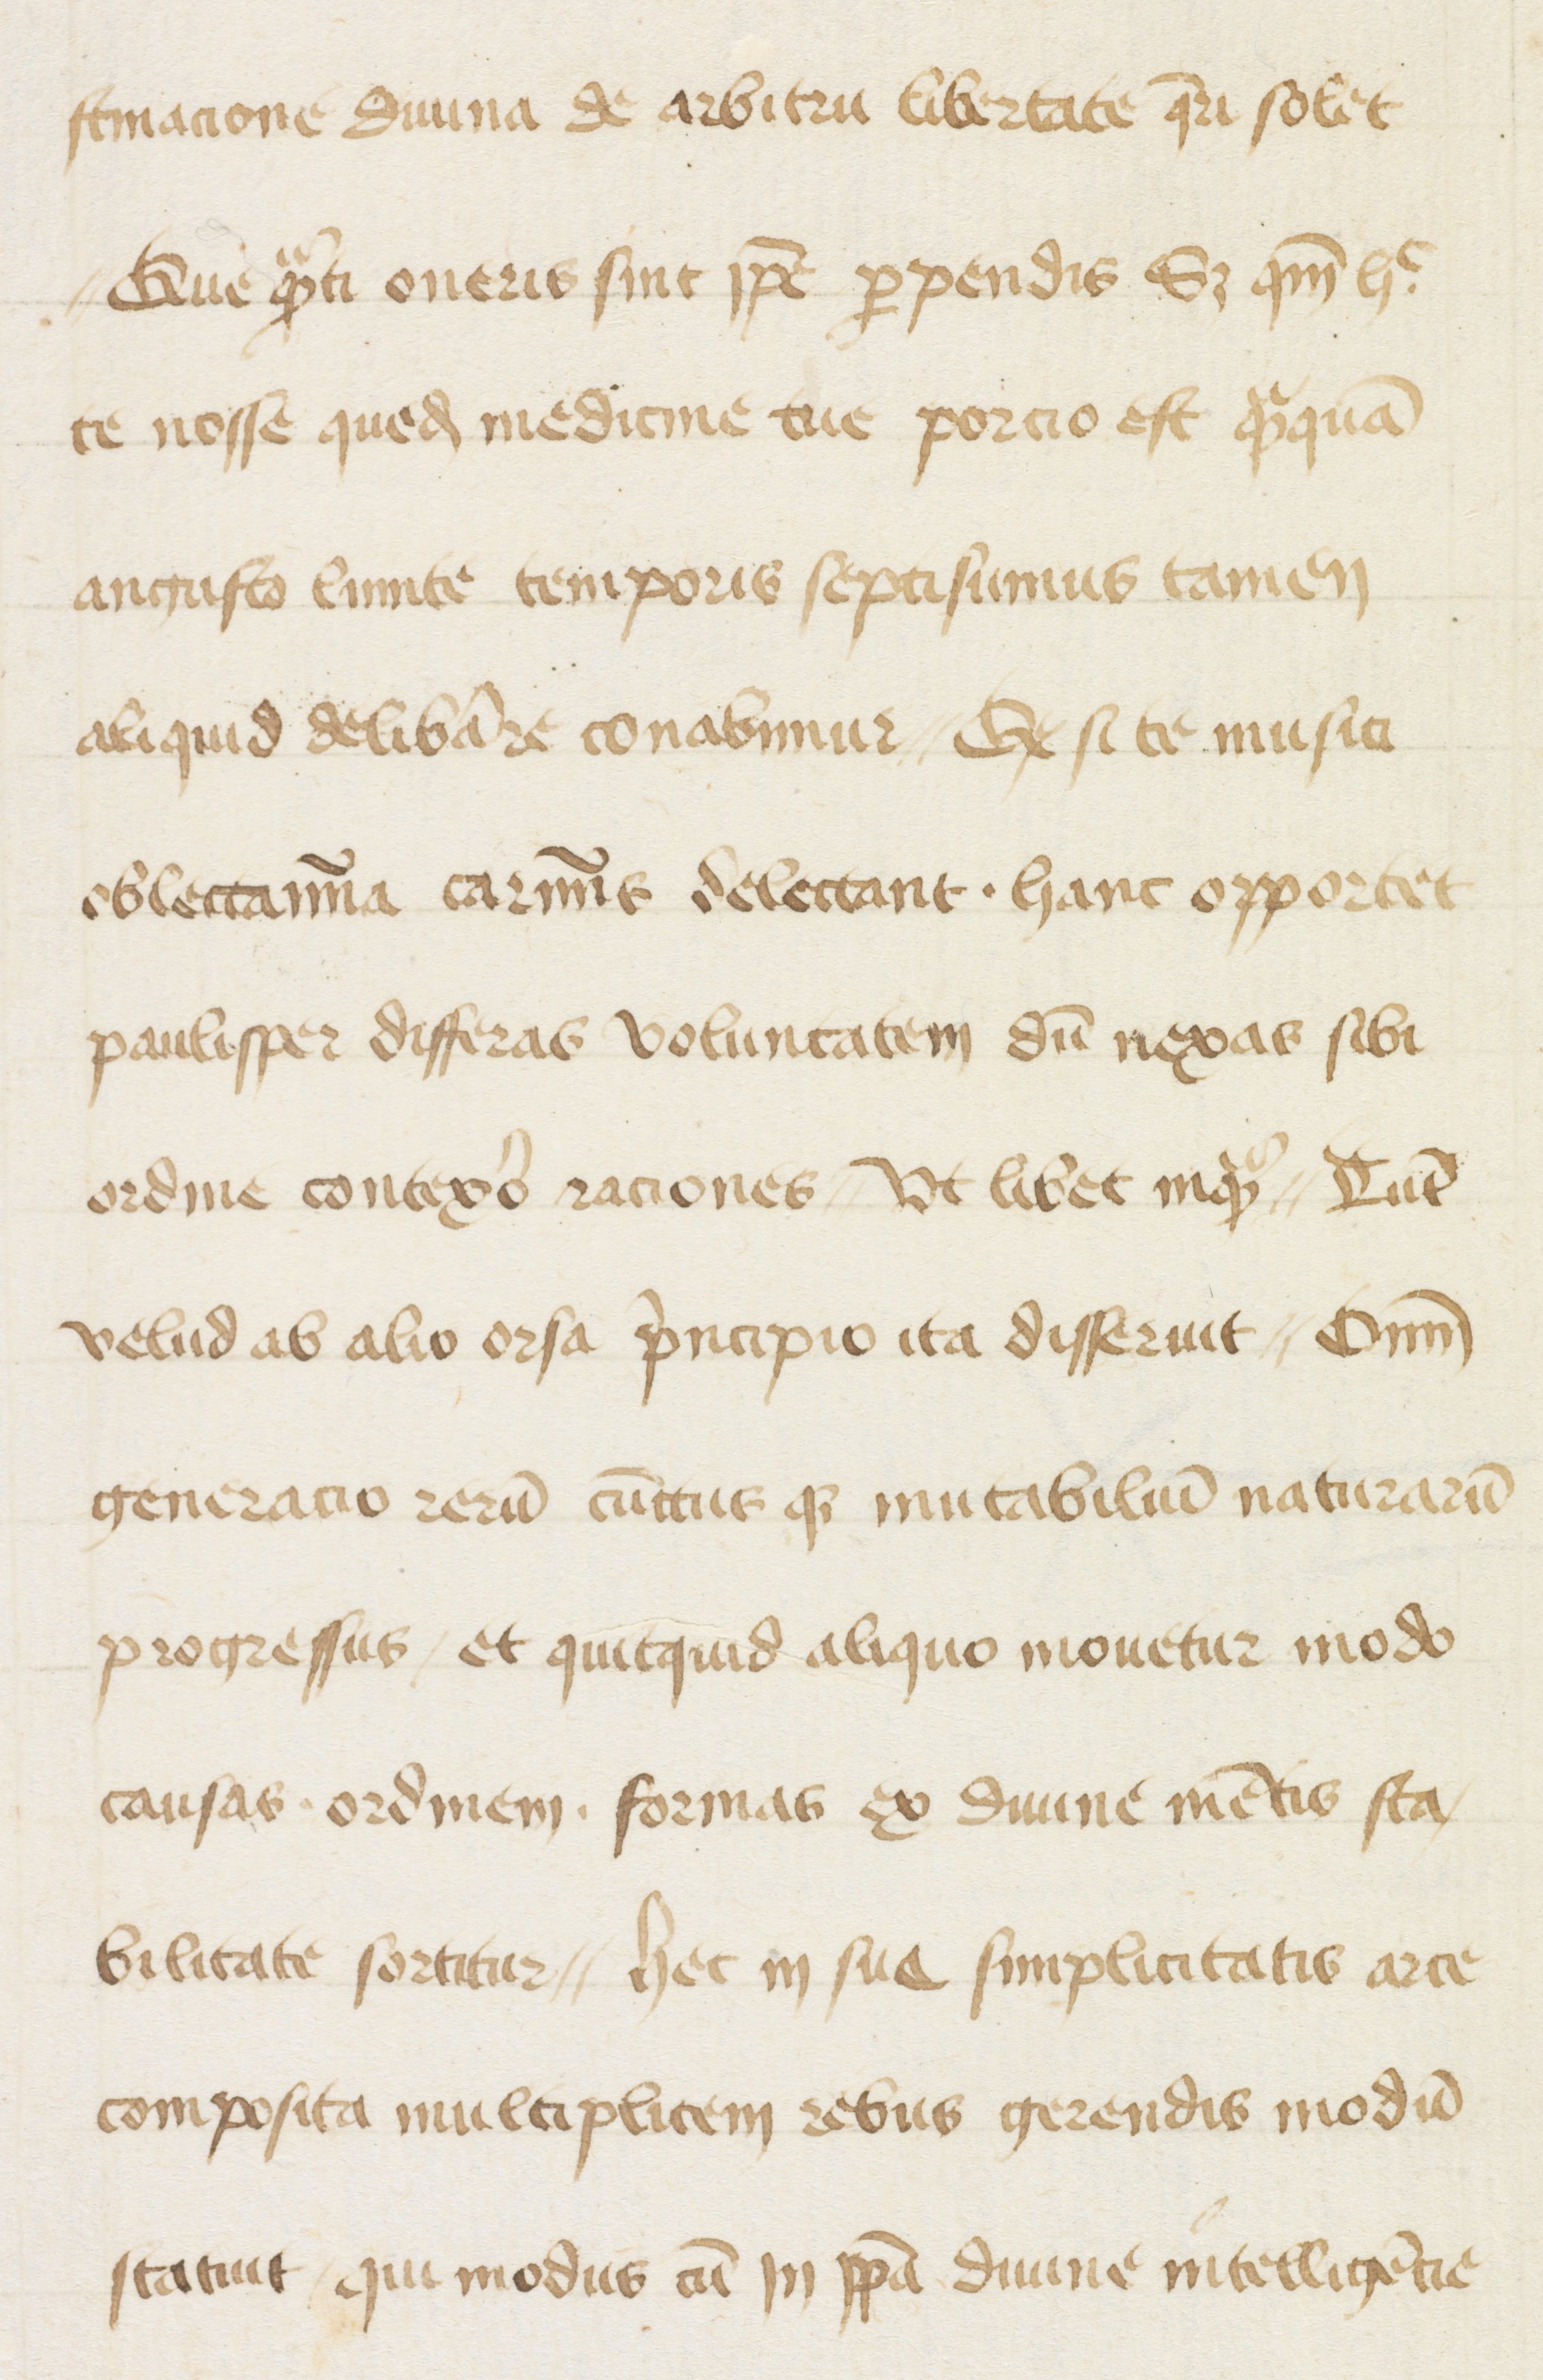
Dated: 1447–1447